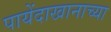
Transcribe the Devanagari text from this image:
पायेंदाखानाच्या